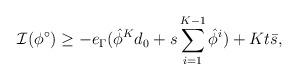
LaTeX: \begin{align*} \mathcal{I}(\phi^\circ)\geq -e_\Gamma (\hat{\phi}^Kd_0+s\sum_{i=1}^{K-1}\hat{\phi}^i) + Kt\Bar{s}, \end{align*}